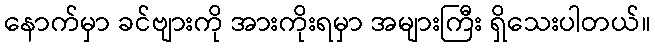
နောက်မှာ ခင်ဗျားကို အားကိုးရမှာ အများကြီး ရှိသေးပါတယ်။